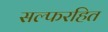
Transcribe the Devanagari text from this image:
सल्फरहित